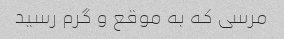
مرسی که به موقع و گرم رسید